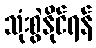
သုံးစွဲနိုင်ရန်